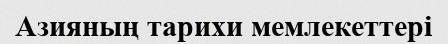
Азияның тарихи мемлекеттері